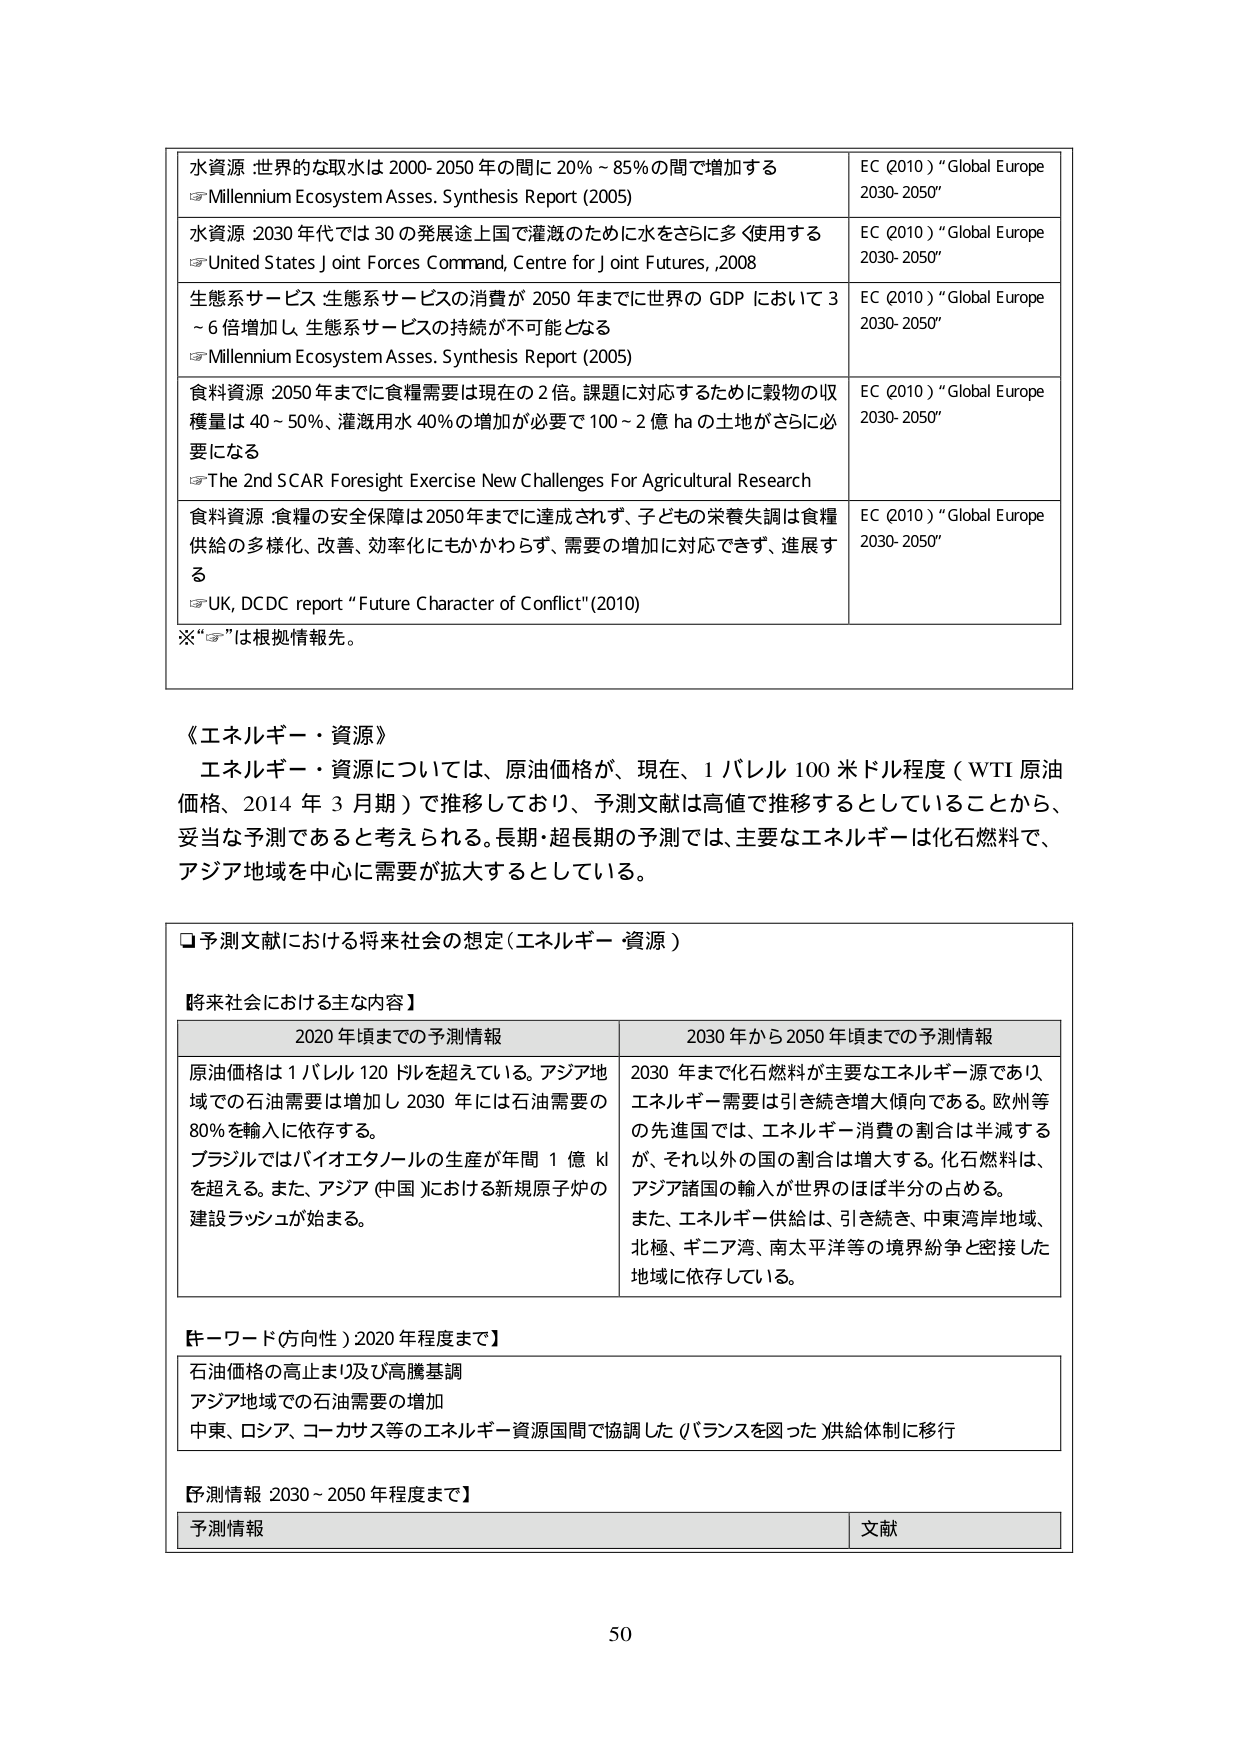
水資源 世界的な取水は 2000-2050 年の間に 20%～85%の間で増加する
→Millennium Ecosystem Asses. Synthesis Report (2005)
EC (2010) “Global Europe 2030-2050”

水資源 2030 年代では 30 の発展途上国で灌漑のために水をさらに多く使用する
→United States Joint Forces Command, Centre for Joint Futures, 2008
EC (2010) “Global Europe 2030-2050”

生態系サービス 生態系サービスの消費が 2050 年までに世界の GDP において 3～6 倍増加し、生態系サービスの持続が不可能となる
→Millennium Ecosystem Asses. Synthesis Report (2005)
EC (2010) “Global Europe 2030-2050”

食料資源 2050 年までに食糧需要は現在の 2 倍。課題に対応するために穀物の収穫量は 40～50%、灌漑用水 40%の増加が必要で 100～2 億 ha の土地がさらに必要となる
→The 2nd SCAR Foresight Exercise New Challenges For Agricultural Research
EC (2010) “Global Europe 2030-2050”

食料資源 食糧の安全保障は 2050 年までに達成されず、子どもの栄養失調は食糧供給の多様化、改善、効率化にもかかわらず、需要の増加に対応できず、進展する
→UK, DCDC report “Future Character of Conflict” (2010)
EC (2010) “Global Europe 2030-2050”

※“→”は根拠情報先。

《エネルギー・資源》
エネルギー・資源については、原油価格が、現在、1 バレル 100 米ドル程度（WTI 原油価格、2014 年 3 月期）で推移しており、予測文献は高値で推移するととしていることから、妥当な予測であると考えられる。長期・超長期の予測では、主要なエネルギーは化石燃料で、アジア地域を中心に需要が拡大するとしている。

□予測文献における将来社会の想定（エネルギー・資源）

【将来社会における主な内容】
2020 年頃までの予測情報
原油価格は 1 バレル 120 ドルを超えている。アジア地域での石油需要は増加し 2030 年には石油需要の 80%を輸入に依存する。
ブラジルではバイオエタノールの生産が年間 1 億 kl を超える。また、アジア（中国）における新規原子炉の建設ラッシュが始まる。

2030 年から 2050 年頃までの予測情報
2030 年まで化石燃料が主要なエネルギー源であり、エネルギー需要は引き続き増大傾向である。欧州等の先進国では、エネルギー消費の割合は半減するが、それ以外の国の割合は増大する。化石燃料は、アジア諸国の輸入が世界のほぼ半分の占める。
また、エネルギー供給は、引き続き、中東湾岸地域、北極、ギニア湾、南太平洋等の境界紛争と密接した地域に依存している。

【キーワード（方向性）2020 年程度まで】
石油価格の高止まり及び高騰基調
アジア地域での石油需要の増加
中東、ロシア、コーカサス等のエネルギー資源国間で協調した（バランスを図った）供給体制に移行

【予測情報 2030～2050 年程度まで】
予測情報
文献

50